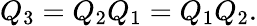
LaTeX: Q_{3}=Q_{2}Q_{1}=Q_{1}Q_{2}.